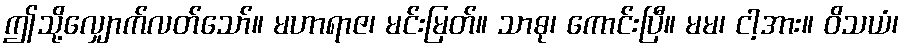
ဤသို့လျှောက်လတ်သော်။ မဟာရာဇ၊ မင်းမြတ်။ သာဓု၊ ကောင်းပြီ။ မမ၊ ငါ့အား။ ဝိသယံ၊